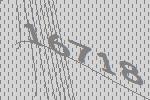
16718